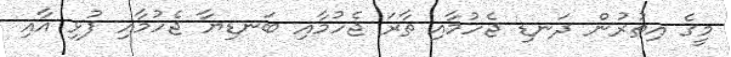
މީގެ އިތުރުން ދަނޑި ޖެހުމާއި ތާރަ ޖެހުމާއި ބަނޑިޔާ ޖެހުމާއި ފުޅި އާއި